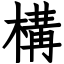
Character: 構